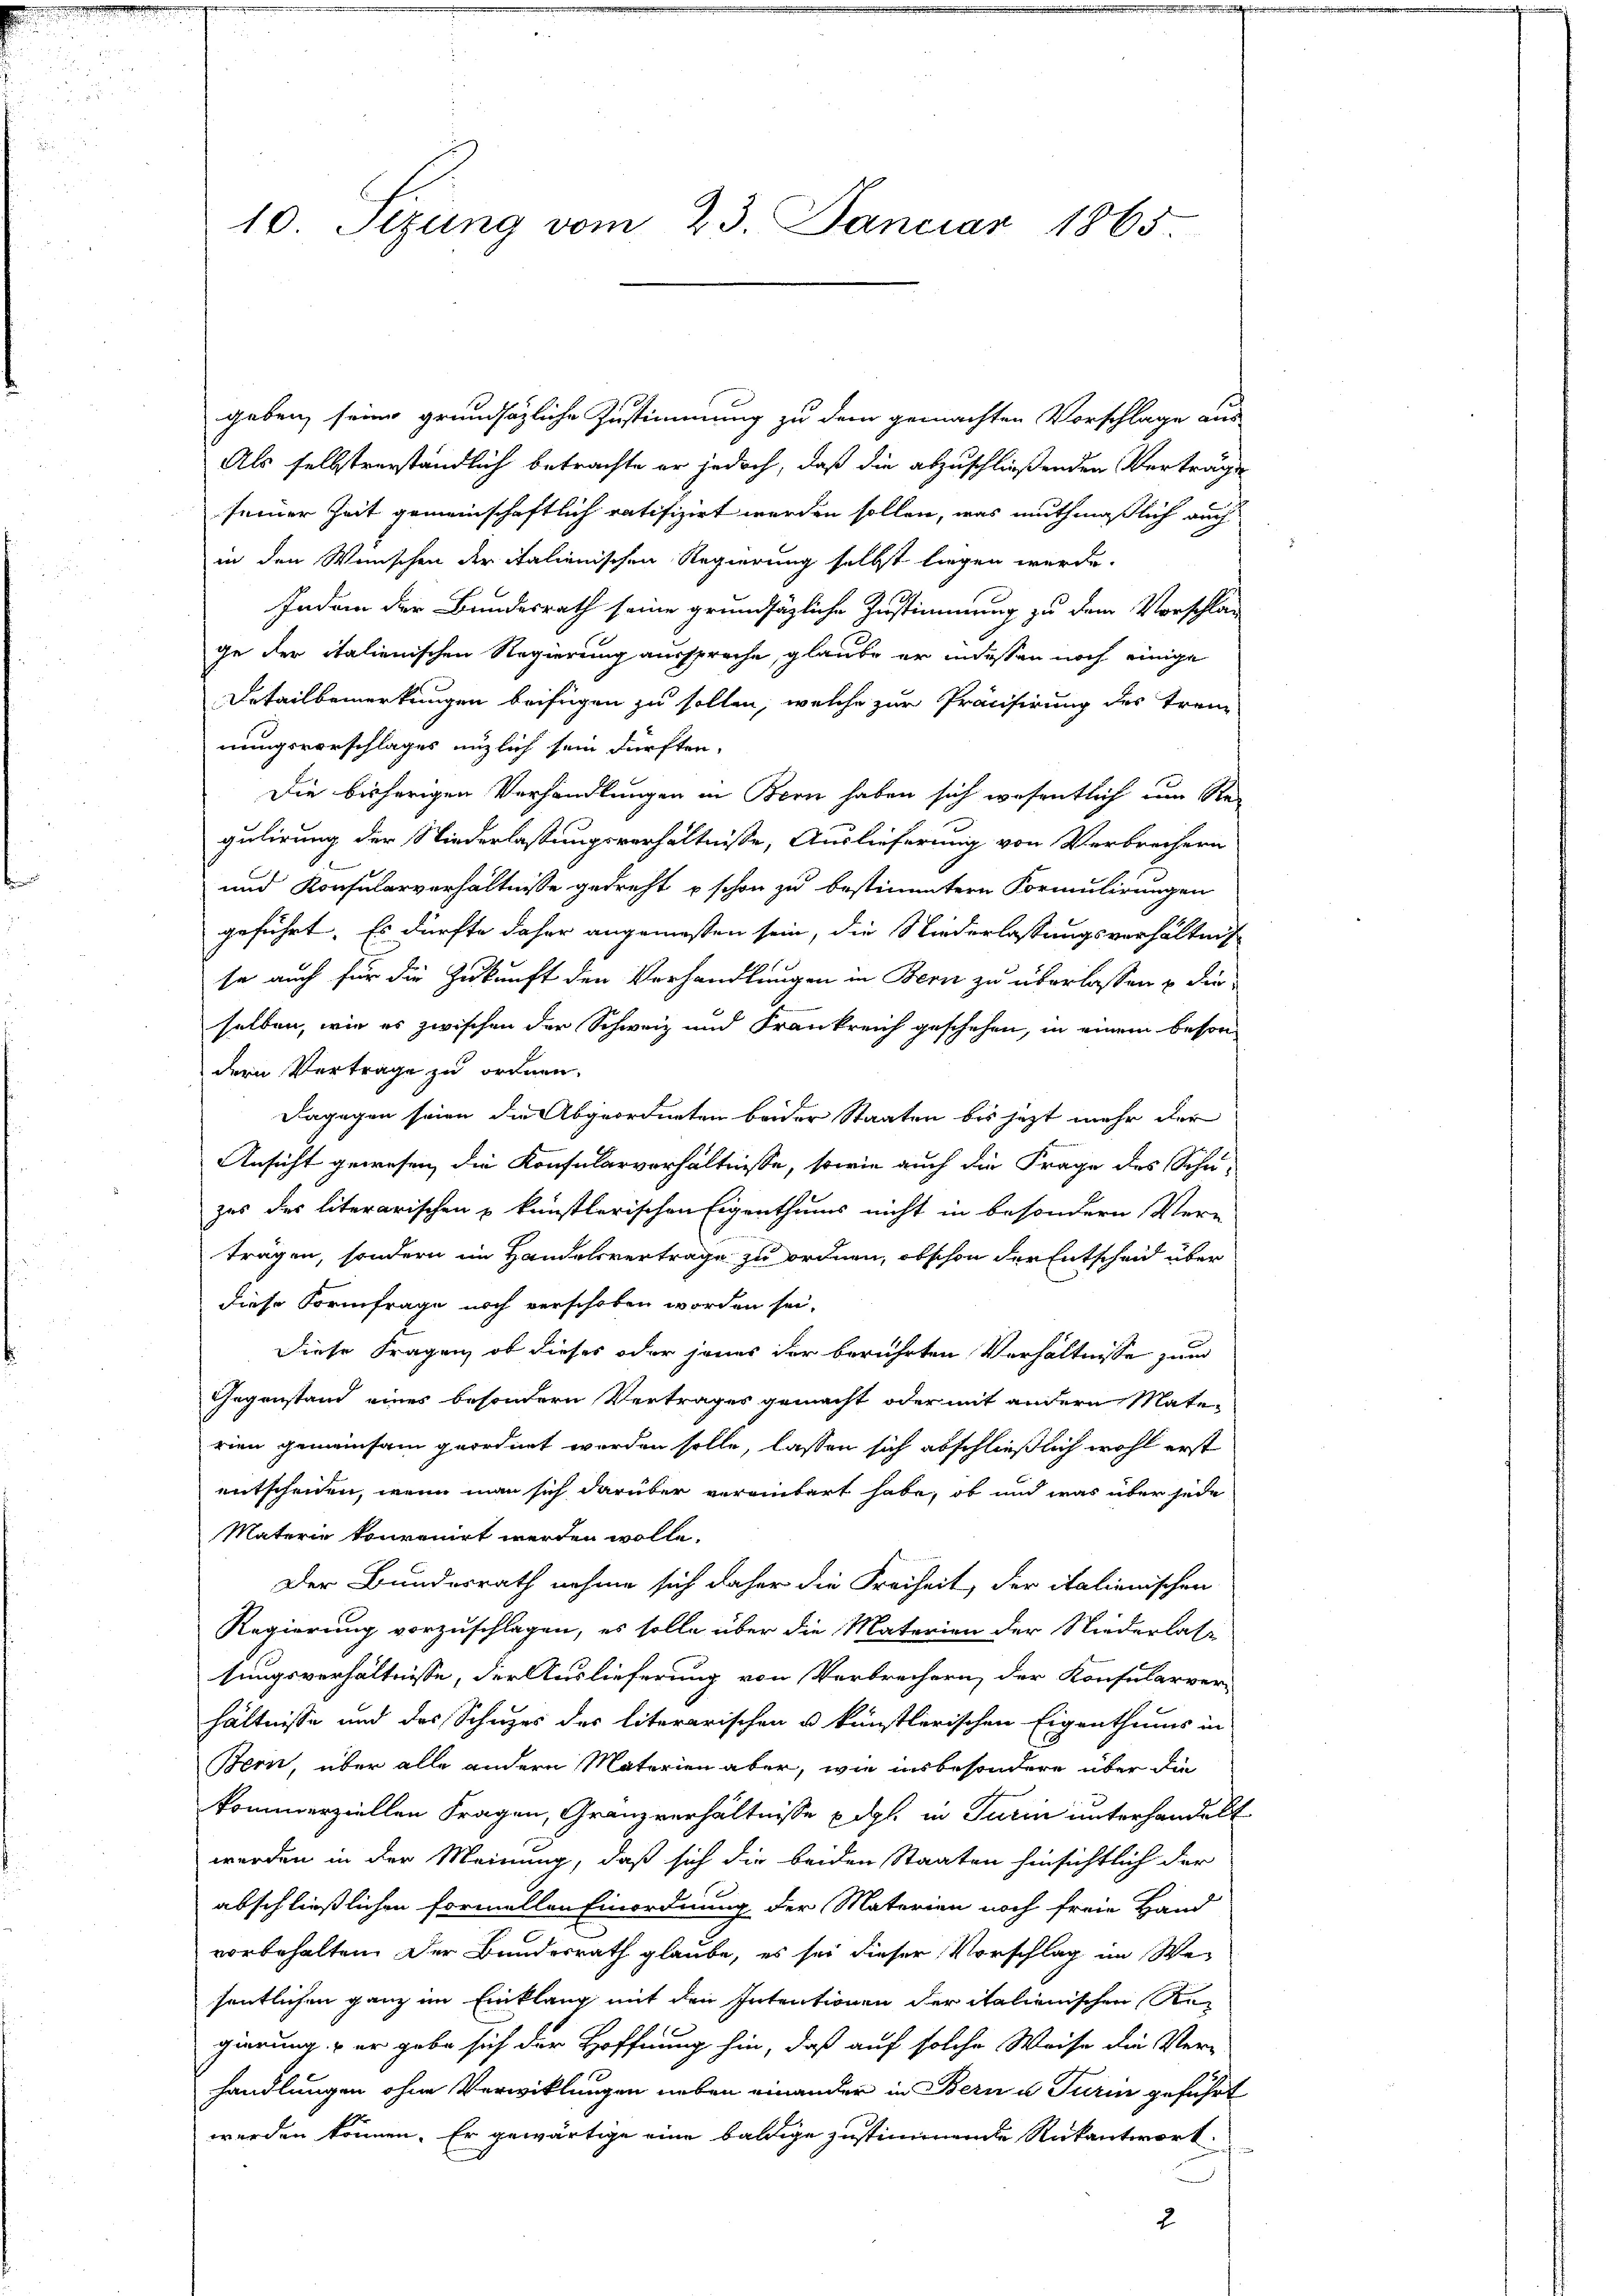
geben, seine grundsätzliche Zustimmung zu dem gemachten Vorschlage aus
Als selbstverständlich betrachte er jedoch, daß die abzuschließenden Verträge
ferner Zeit gemeinschaftlich ratifizirt werden sollen, was muthmaßlich auch
in den Wünschen der Italienischen Regierung selbst liegen werde.
Indem der Bundesrath seine grundsätzliche Zustimmung zu dem Vorschläge der italienischen Regierung aussprache, glaube er indessen noch einige
Detailbemerkungen beifügen zu sollen, welche zur Präcisirung des treme
nungsvorschlages nützlich sein dürften.
Die bisherigen Verhandlungen in Bern haben sich wesentlich um Re-
gulirung der Niederlassungsverhältnisse, Auslieferung von Verbrechern
und Konsularverhältnisse gedreht u schon zu bestimmtern Formulirungen
geführt. Es dürfte daher angemessen sein, die Niederlassungsverhältnis
se auch für die Zukunft den Verhandlungen in Bern zu überlassen u die
selben, wie es zwischen der Schweiz und Frankreich geschehen, in einem besondern Vertrage zu ordnen.
Dagegen seien die Abgeordneten beider Staaten bis jetzt mehr der
Ansicht gewesen, die Konsularverhältnisse, sowie auch die Frage des Schu-
zes der literarischen u künstlerischen Eigenthums nicht in besondern Ver-
trägen, sondern im Handelsvertrage zu ordnen, obschon der Entscheid über
diese Formfrage noch verschoben worden sei.
Diese Fragen, ob dieses oder jenes der berührten Verhältnisse zum
Gegenstand eines besondern Vertrages gemacht oder mit andern Materien gemeinsam geordnet worden solle, lassen sich abschließlich wohl erst
entscheiden, wenn man sich darüber verändert habe, ob und was über jede
Materie konvenirt werden wolle.
Der Bundesrath nahme sich daher die Freiheit, der italienischen
Regierung vorzuschlagen, es solle über die Materien der Niederlass
tungsverhältnisse, der Auslieferung von Verbrechern, der Konsularver-
hältnisse und des Schuzes der literarischen u künstlerischen Eigenthums in
Bern, über alle andern Materien aber, wie insbesondere über die
kommerziellen Fragen, Granzverhältnisse u. dgl. in Turin unterhandelt
werden in der Meinung, daß sich die beiden Staaten hinsichtlich der
abschließlichen formellen Einordnung der Materien noch freie Hand
vorbehalten. Der Bundesrath glaube, es sei dieser Vorschlag im Wesentlichen ganz im Einklang mit den Intentionen der italienischen Regierung & er gebe sich der Hoffnung hin, daß auf solche Weise die Ver-
handlungen ohne Verwicklungen neben einander in Bern u. Turin geführt
werden können. Er gewärtige eine baldige zustimmende Rükantwort
2

10. Sizung vom 23. Januar 1865